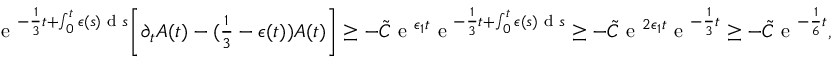
\begin{array} { r } { \textup { e } ^ { - \frac { 1 } { 3 } t + \int _ { 0 } ^ { t } \epsilon ( s ) \textup { d } s } \bigg [ \partial _ { t } A ( t ) - ( \frac { 1 } { 3 } - \epsilon ( t ) ) A ( t ) \bigg ] \geq - \tilde { C } \textup { e } ^ { \epsilon _ { 1 } t } \textup { e } ^ { - \frac { 1 } { 3 } t + \int _ { 0 } ^ { t } \epsilon ( s ) \textup { d } s } \geq - \tilde { C } \textup { e } ^ { 2 \epsilon _ { 1 } t } \textup { e } ^ { - \frac { 1 } { 3 } t } \geq - \tilde { C } \textup { e } ^ { - \frac { 1 } { 6 } t } , } \end{array}